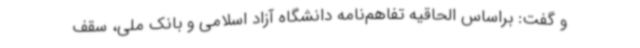
و گفت: براساس الحاقیه تفاهم‌نامه دانشگاه آزاد اسلامی و بانک ملی، سقف